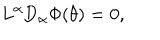
L ^ { \alpha } \mathrm { D } _ { \alpha } \Phi ( \theta ) = 0 ,